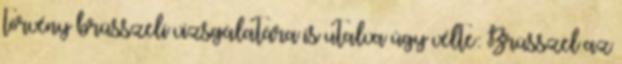
törvény brüsszeli vizsgálatára is utalva úgy vélte: Brüsszel az